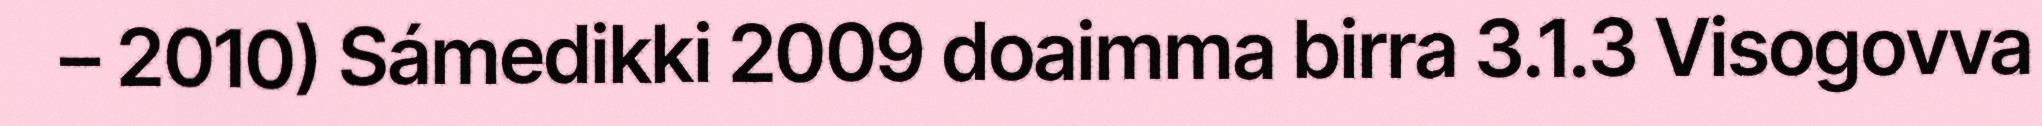
– 2010) Sámedikki 2009 doaimma birra 3.1.3 Visogovva